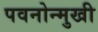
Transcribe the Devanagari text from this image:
पवनोन्मुखी